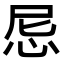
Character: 𢘒